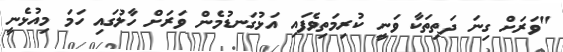
"ވަރަށް ގިނަ ދަތިތަކާ ވަނީ ކުރިމަތިވެފައި އަޅުގަނޑުމެން ވަރަށް ހާލުގައި ހަމަ މިއުޅެނީ